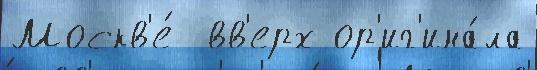
Москв'е́  вв'ерх ор'иг'ина́ла